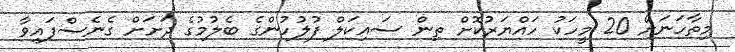
މިތާހަނަށް 20 މީހަކު ހައްޔަރުކޮށް ތިން ސައިކަލް ފުލުހުންގެ ބެލުމުގެ ދަށަށް ގެނެސްފައިވާ